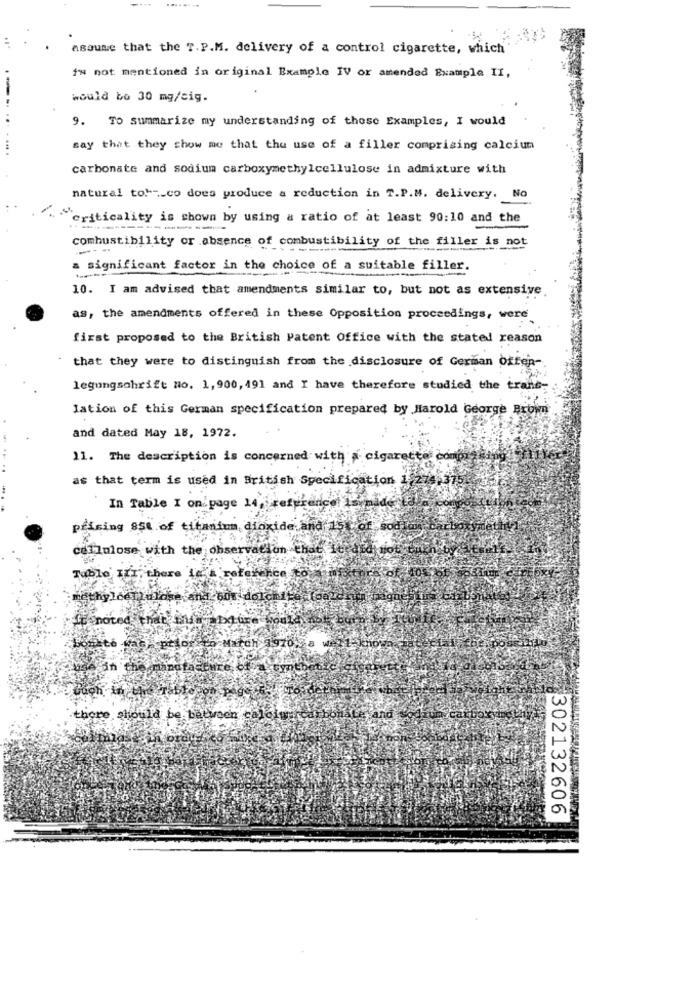
-...
assume that the T.P.M. delivery of a control cigarette, which
iw not mentioned in original Example IV or amended Example II,
would bo 30 mg/sig.
9. To summarize my understanding of these Examples, I would
...........
say that they show me that the use of a filler comprising calcium
carbonate and sodium carboxymethylcellulose in admixture with
No
natural tot -_ co does produce a reduction in T.P.M. delivery.
criticality is shown by using a ratio of at least 90:10 and the
combustibility or absence of combustibility of the filler is not
a significant factor in the choice of a suitable filler.
10. I am advised that amendments similar to, but not as extensive
as, the amendments offered in these Opposition proceedings, were
first proposed to the British Patent Office with the stated reason
that they were to distinguish from the disclosure of German otten-
legungschrift no. 1,900, 491 and I have therefore studied the trans-
lation of this German specification prepared by Harold George Brown
and dated May 18, 1972.
11. The description is concerned with a cigarette compra-se
as that term is used in British Specification 1,278
In Table I on page 14, reference sinid
prising 858 of titanium dioxide and 15 of
cellulose with the observation that it did
Tablo' IET, there "e"'s reference to
methylcellulose and 601 dolchile (oa
If noted that mig bx
Kas. prior in March 1970;
there should be between calcium
302132606